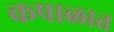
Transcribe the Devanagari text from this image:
कपाळात